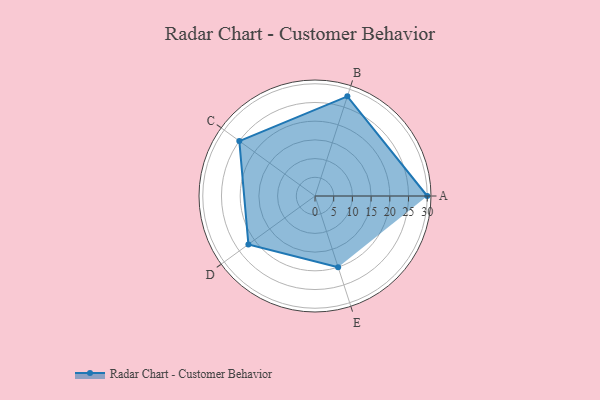
{"axis": {"x": "Skill", "y": "Score"}, "legend": ["Profile"], "data": [{"x": "A", "y": 30.0, "type": "Profile"}, {"x": "B", "y": 28.0, "type": "Profile"}, {"x": "C", "y": 25.0, "type": "Profile"}, {"x": "D", "y": 22.0, "type": "Profile"}, {"x": "E", "y": 20, "type": "Profile"}]}